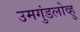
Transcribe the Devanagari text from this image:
उमगुंडलोव्हु